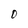
Character: O